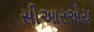
સીઆરએચ